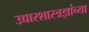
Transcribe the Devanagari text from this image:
उच्चारशास्त्रज्ञांच्या